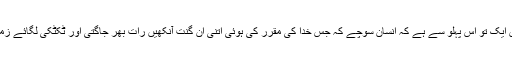
ستاروں کی شہادت اس دعوے پر کہ اللہ تعالیٰ نے ہر جان پر نگران مقرر کر رکھے ہیں ایک تو اس پہلو سے ہے کہ انسان سوچے کہ جس خدا کی مقرر کی ہوئی اتنی ان گنت آنکھیں رات بھر جاگتی اور ٹکٹکی لگائے زمین والوں کو گھورتی رہتی ہیں کس کی مجال ہے کہ اس کے دام سے بچ کے نکل سکے۔